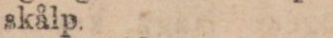
skålp.